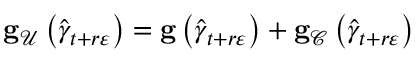
\mathbf { g } _ { \mathcal { U } } \left( \widehat { \gamma } _ { t + r \varepsilon } \right) = \mathbf { g } \left( \widehat { \gamma } _ { t + r \varepsilon } \right) + \mathbf { g } _ { \mathcal { C } } \left( \widehat { \gamma } _ { t + r \varepsilon } \right)